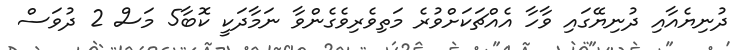
ދުނިޔެއާއި ދުނިޔޭގައި ވާހާ އެއްޗަކަށްވުރެ މަތިވެރިވެގެންވާ ނަމާދަކީ ކޮބާ5 މަސް 2 ދުވަސް